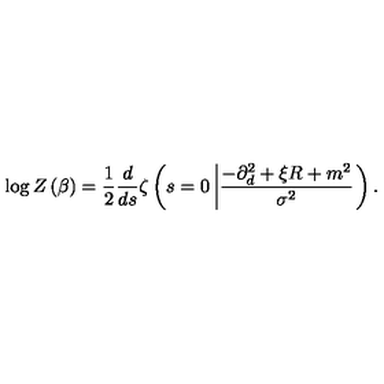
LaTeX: \log Z \left( \beta \right) = \frac { 1 } { 2 } \frac { d } { d s } \zeta \left( s = 0 \left| \frac { - \partial _ { d } ^ { 2 } + \xi R + m ^ { 2 } } { \sigma ^ { 2 } } \right. \right) .